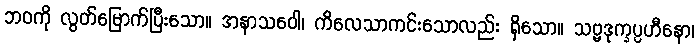
ဘဝကို လွတ်မြောက်ပြီးသော။ အနာသဝေါ၊ ကိလေသာကင်းသောလည်း ရှိသော။ သဗ္ဗဒုက္ခပ္ပဟီနော၊